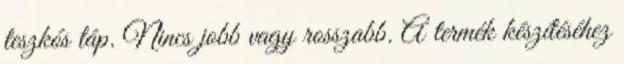
teszkós táp. Nincs jobb vagy rosszabb. A termék készítéséhez